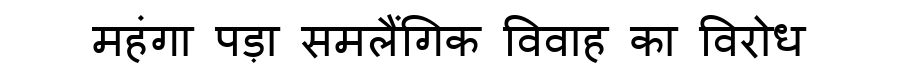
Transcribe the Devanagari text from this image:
महंगा पड़ा समलैंगिक विवाह का विरोध